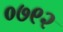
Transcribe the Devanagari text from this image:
०७९२